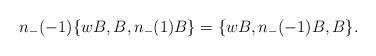
LaTeX: \begin{align*}n_{-}(-1) \{wB,B,n_{-}(1)B\} = \{wB, n_{-}(-1)B,B\}.\end{align*}